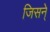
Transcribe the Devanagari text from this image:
जिसन्े